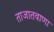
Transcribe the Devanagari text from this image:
ताजातवाणा